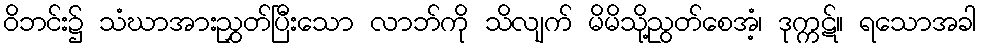
ဝိဘင်း၌ သံဃာအားညွှတ်ပြီးသော လာဘ်ကို သိလျက် မိမိသို့ညွတ်စေအံ့၊ ဒုက္ကဋ်။ ရသောအခါ